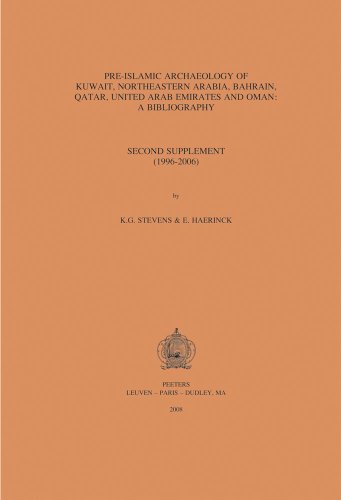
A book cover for Pre-Islamic Archaeology of Kuwait, Northeastern Arabia, Bahrain, Qatar, United Arab Emirates and Oman: A bibliography: Second Supplement (1996-2006); Chris J. Stevens; History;